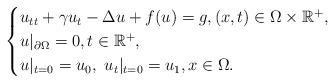
LaTeX: \begin{align*}\begin{cases}u_{tt}+\gamma u_t-\Delta u+f(u)=g,(x,t)\in\Omega\times\mathbb{R}^+,\\u|_{\partial\Omega}=0,t\in\mathbb{R}^+,\\u|_{t=0}=u_0,\ u_t|_{t=0}=u_1,x\in\Omega.\end{cases}\end{align*}